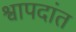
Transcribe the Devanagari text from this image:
श्वापदांत